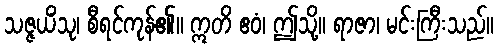
သဇ္ဇယိံသု၊ စီရင်ကုန်၏။ ဣတိ ဧဝံ၊ ဤသို့။ ရာဇာ၊ မင်းကြီးသည်။